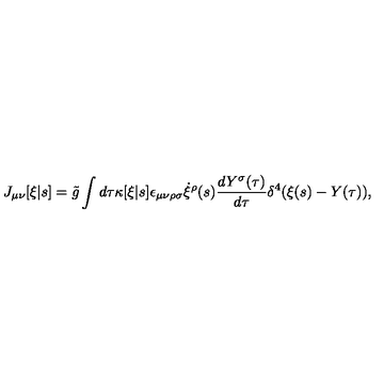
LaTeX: J _ { \mu \nu } [ \xi | s ] = \tilde { g } \int d \tau \kappa [ \xi | s ] \epsilon _ { \mu \nu \rho \sigma } \dot { \xi } ^ { \rho } ( s ) \frac { d Y ^ { \sigma } ( \tau ) } { d \tau } \delta ^ { 4 } ( \xi ( s ) - Y ( \tau ) ) ,